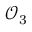
\mathcal { O } _ { 3 }